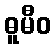
ဓူမီဝ